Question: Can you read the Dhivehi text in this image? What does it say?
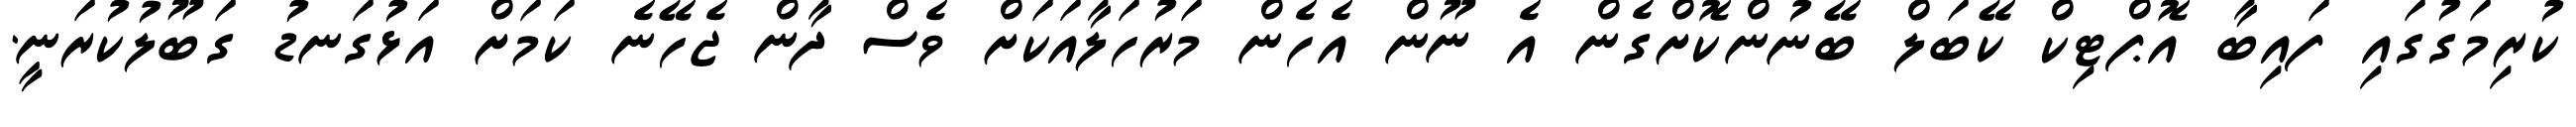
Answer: ކުރިމަގުގައި ފައިބާ އޮޕްޓިކް ކޭބަލް ބޭނުންކޮށްގެން އެ ނޫން އެހެން މަރުހަލާއަކަށް ވެސް ދާން ޖެހޭނެ ކަމަށް އަޅުގަނޑު ގަބޫލުކުރަނީ.